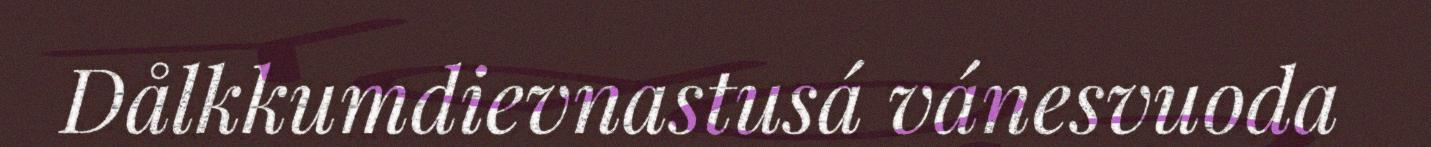
Dålkkumdievnastusá vánesvuoda